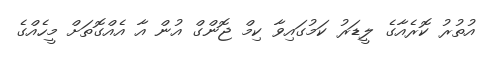
އުތުރު ކޮރެއާގެ ލީޑަރު ކަމުގައިވާ ކިމް ޖޮންގް އުން އާ އެއްގޮތަށް މީހެއްގެ